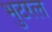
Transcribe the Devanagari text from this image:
भुटरल